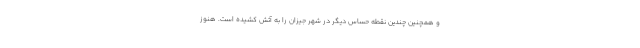
و همچنین چندین نقطه حساس دیگر در شهر جیزان را به آتش کشیده است. هنوز